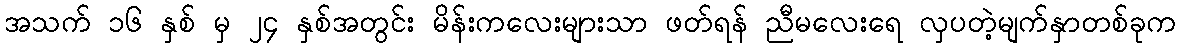
အသက် ၁၆ နှစ် မှ ၂၄ နှစ်အတွင်း မိန်းကလေးများသာ ဖတ်ရန် ညီမလေးရေ လှပတဲ့မျက်နှာတစ်ခုက